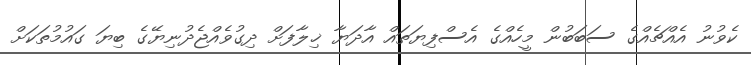
ކެވުނު އެއްޗެއްގެ ސަބަބުން މީހެއްގެ އެސްފިޔަތައް އާދަޔާ ޚިލާފަށް ދިގުވެއްޖެދުނިޔޭގެ ބިޔަ ގައުމުތަކަށް